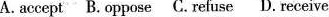
A. accept B.Oppose C.Refuse D. Receive